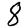
Digit: 8